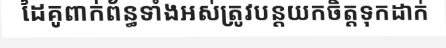
ដៃគូពាក់ព័ន្ធទាំងអស់ត្រូវបន្តយកចិត្តទុកដាក់